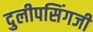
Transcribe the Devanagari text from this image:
दुलीपसिंगजी